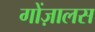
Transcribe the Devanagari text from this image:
गोंज़ालस